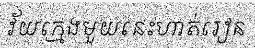
វ័យក្មេងមួយនេះហាត់រៀន